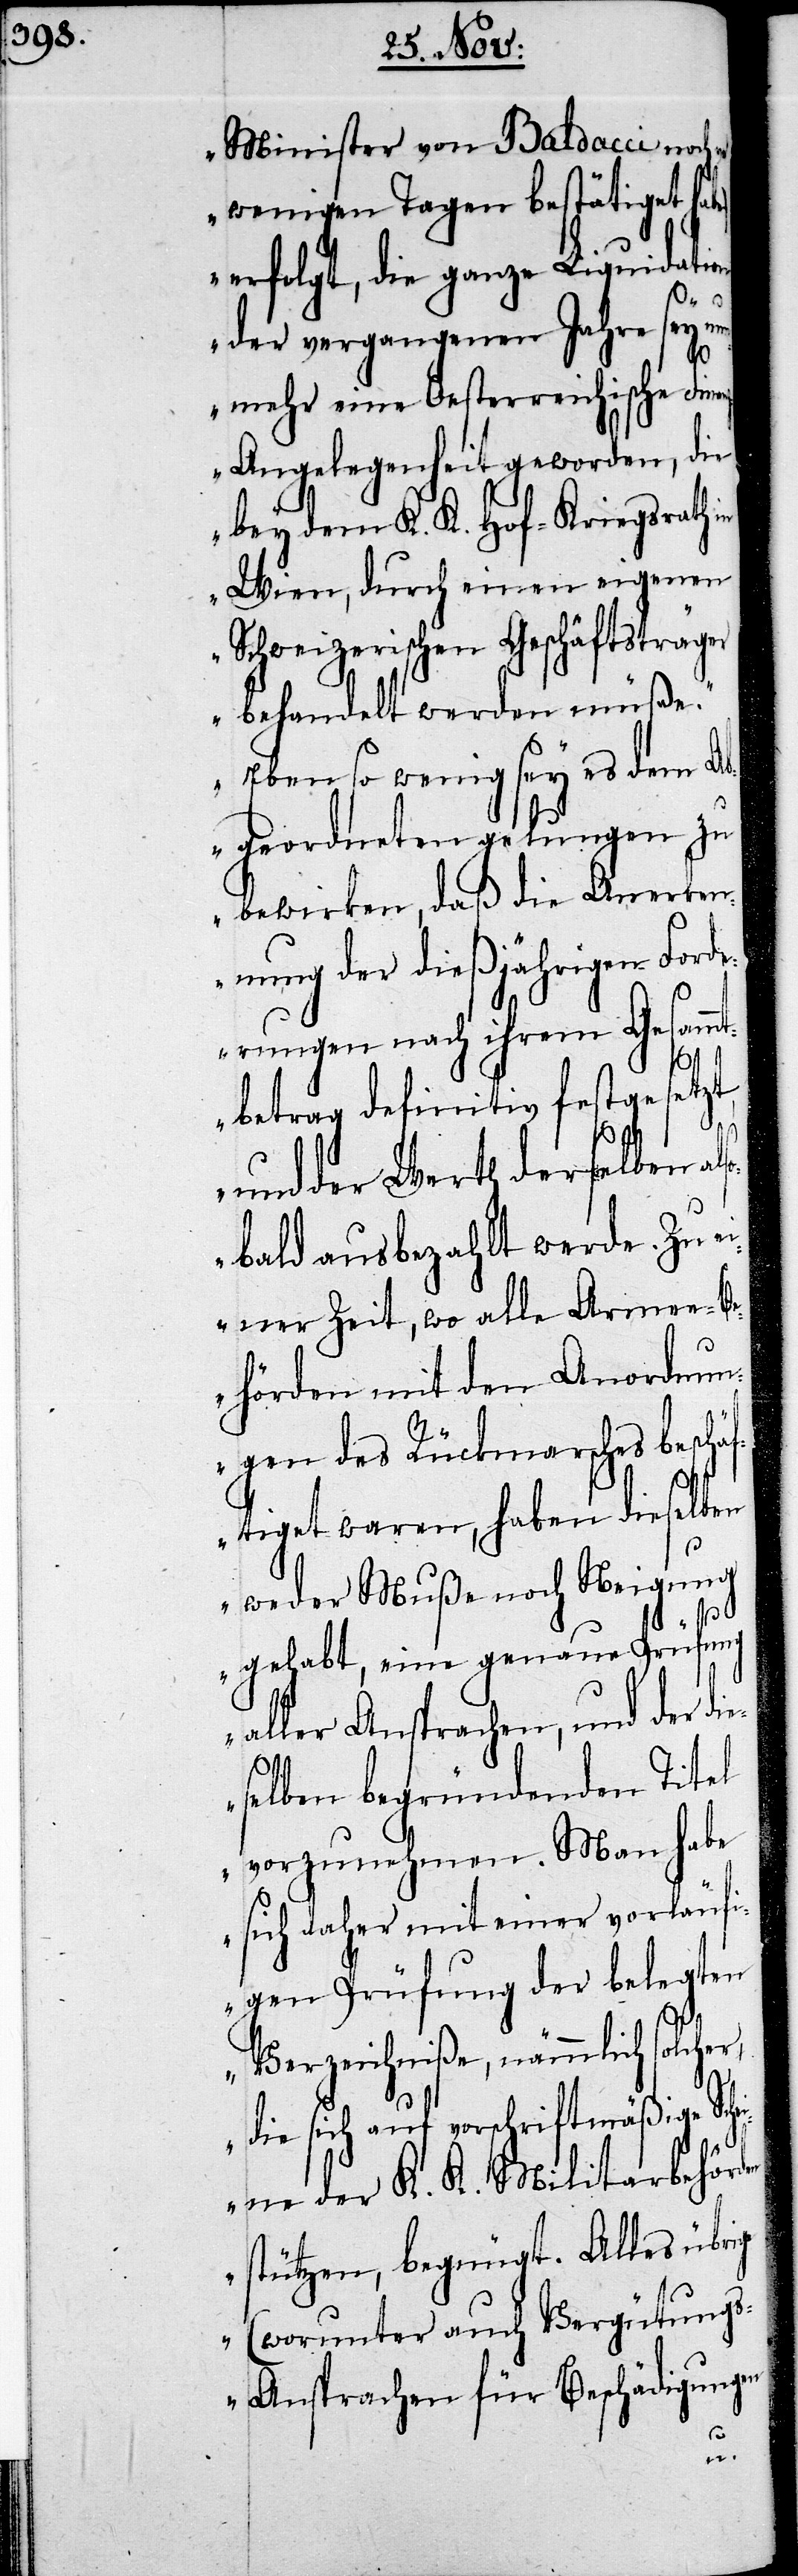
Minister von Baldacci noch
wenigen Tagen bestätiget ha¬
erfolgt, die ganze Liquidation
r,
der vergangenen Jahre sey nu¬
nmehr eine Oesterreichische Fin¬
z-Angelegenheit geworden, die
bey dem K. K. Hof-Kriegsrath
Wien, durch einen eigenen
Schweizerischen Geschäftsträge¬
r behandelt werden müße.
Eben so wenig sey es dem Ab¬
geordneten gelungen zu
bewirken, daß die Anerken¬
nung der dießjährigen Ford¬
erungen nach ihrem Gesammt¬
ung¬
betrag definitiv festgesetzt,
und der Werth derselben al¬
sobald ausbezahlt werde. Zu
einer Zeit, wo alle Armee-B¬
ehörden mit den Anordnun¬
gen des Rückmarsches besch¬
äftiget waren, haben dieselben
weder Muße noch Neigung
ige
gehabt, eine genaue Prüfung
aller Ansprachen, und der d¬
selben begründenden Titel
vorzunehmen. Man habe
sich daher mit einer vorläuf¬
igen Prüfung der belegten
Verzeichniße, nämmlich solche¬
die sich auf vorschriftsmäßige Sch¬
eine der K. K. Militarbehör¬
stützen, begnügt. Alles übr¬
(worunter auch Vergüt¬
s-Ansprachen für Beschädigungen